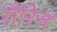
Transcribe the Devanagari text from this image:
सैरिन